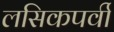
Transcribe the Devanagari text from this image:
लसिकपर्वी